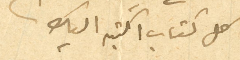
كل كتاب اكتبه اليك